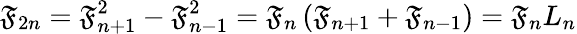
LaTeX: \mathfrak{F}_{2n}=\mathfrak{F}_{n+1}^{2}-\mathfrak{F}_{n-1}^{2}=\mathfrak{F}_{n}\left(\mathfrak{F}_{n+1}+\mathfrak{F}_{n-1}\right)=\mathfrak{F}_{n}L_{n}